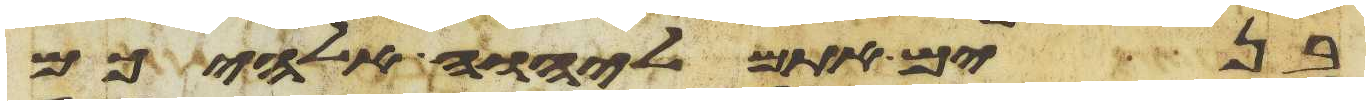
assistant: בנים אתם ליהוה אלהיכם